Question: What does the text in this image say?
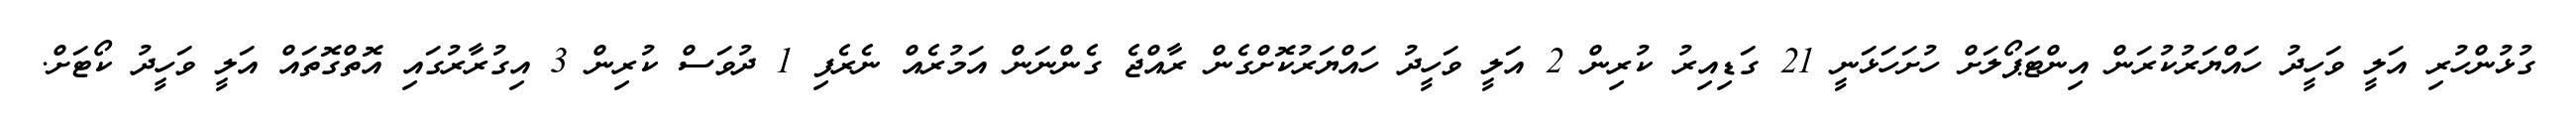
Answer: ގުޅުންހުރި އަލީ ވަހީދު ހައްޔަރުކުރަން އިންޓަޕޯލަށް ހުށަހަޅަނީ 21 ގަޑިއިރު ކުރިން 2 އަލީ ވަހީދު ހައްޔަރުކޮށްގެން ރާއްޖެ ގެންނަން އަމުރެއް ނެރެފި 1 ދުވަސް ކުރިން 3 އިގުރާރުގައި އޮތްގޮތައް އަލީ ވަހީދު ކޯޓަށް.